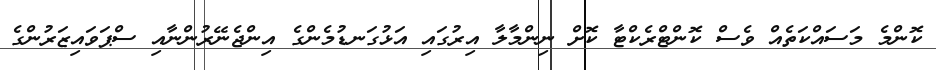
ކޮންމެ މަސައްކަތެއް ވެސް ކޮންޓްރެކްޓާ ކޮށް ނިންމާލާ އިރުގައި އަޅުގަނޑުމެންގެ އިންޖެނޭރުންނާއި ސްޕަވައިޒަރުންގެ